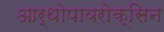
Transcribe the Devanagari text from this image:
आर्थोपायरोक्सिन